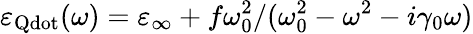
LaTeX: \varepsilon_{\mathrm{Qdot}}(\omega)=\varepsilon_{\infty}+f\omega_{0}^{2}/(\omega_{0}^{2}-\omega^{2}-i\gamma_{0}\omega)